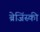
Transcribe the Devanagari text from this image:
ब्रेजिंस्की